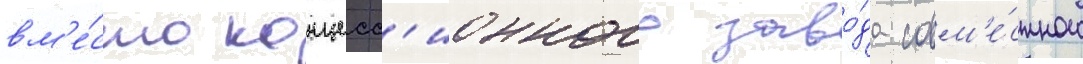
вм'е́сто концесс'ионного заво́да совм'е́стного